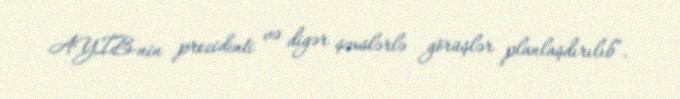
AYİB-nin prezidenti və digər şəxslərlə görüşlər planlaşdırılıb”.